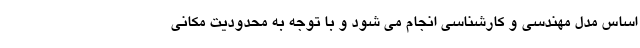
اساس مدل مهندسی و کارشناسی انجام می شود و با توجه به محدودیت مکانی